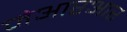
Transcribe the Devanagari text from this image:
जेआरआर